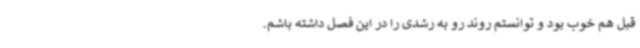
قبل هم خوب بود و توانستم روند رو به رشدی را در این فصل داشته باشم.